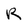
Character: R